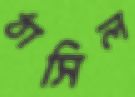
ঠাসিল